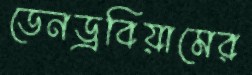
ডেনড্রবিয়ামের